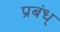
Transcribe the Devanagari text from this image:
प्रबंध्